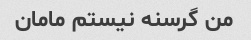
من گرسنه نیستم مامان